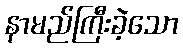
နာမည်ကြီးခဲ့သော